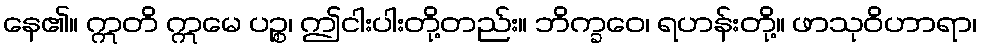
နေ၏။ ဣတိ ဣမေ ပဉ္စ၊ ဤငါးပါးတို့တည်း။ ဘိက္ခဝေ၊ ရဟန်းတို့။ ဖာသုဝိဟာရာ၊